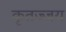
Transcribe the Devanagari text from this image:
कृतज्जय